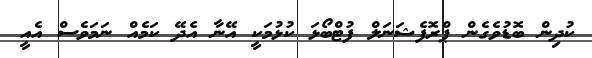
ކުދިން ބޮޑުވެގެން ޕްރޮފެޝަނަލް ފުޓްބޯޅަ ކުޅުމަކީ އޭނާ އެދޭ ކަމެއް ނަމަވެސް އެއީ